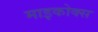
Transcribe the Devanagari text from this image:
माइकोक्स